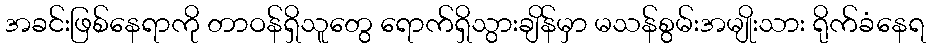
အခင်းဖြစ်နေရာကို တာဝန်ရှိသူတွေ ရောက်ရှိသွားချိန်မှာ မသန်စွမ်းအမျိုးသား ရိုက်ခံနေရ